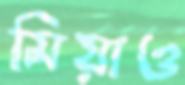
মিয়াও